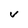
Character: V